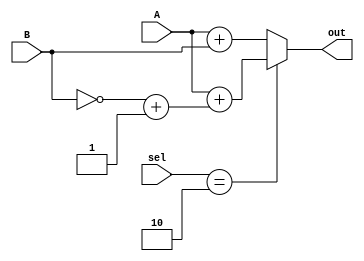
module au(sel, A,B, out);
	input [1:0] sel;
	input [24:0]A,B;
	output [24:0]out;
	assign out = (sel==2'b10) ? (A+((~B)+1)) : (A+B);
endmodule